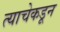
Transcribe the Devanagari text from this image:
त्याचेकडून